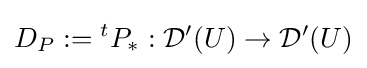
D_{P}:={}^{t}P_{*}:{\mathcal {D}}'(U)\to {\mathcal {D}}'(U)